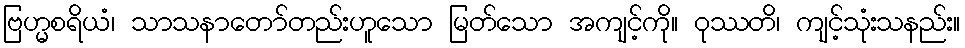
ဗြဟ္မစရိယံ၊ သာသနာတော်တည်းဟူသော မြတ်သော အကျင့်ကို။ ဝုဿတိ၊ ကျင့်သုံးသနည်း။